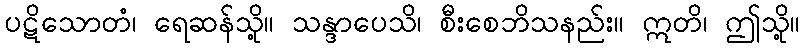
ပဋိသောတံ၊ ရေဆန်သို့။ သန္ဒာပေသိ၊ စီးစေဘိသနည်း။ ဣတိ၊ ဤသို့။